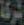
شركة